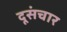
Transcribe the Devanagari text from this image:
दूसंचार